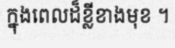
ក្នុងពេលដ៏ខ្លីខាងមុខ ។